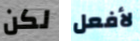
لكن لأفعل